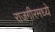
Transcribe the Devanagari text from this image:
राजगीरमध्ये